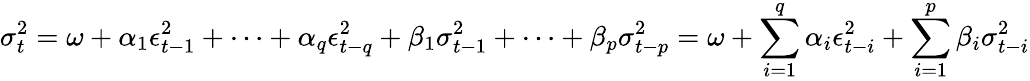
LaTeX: \sigma_{t}^{2}=\omega+\alpha_{1}\epsilon_{t-1}^{2}+\cdots+\alpha_{q}\epsilon_{t-q}^{2}+\beta_{1}\sigma_{t-1}^{2}+\cdots+\beta_{p}\sigma_{t-p}^{2}=\omega+\sum_{i=1}^{q}\alpha_{i}\epsilon_{t-i}^{2}+\sum_{i=1}^{p}\beta_{i}\sigma_{t-i}^{2}